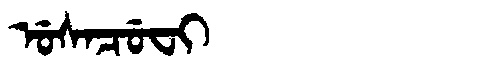
Manchu: ᡠᠰᠠᠴᡠᠸᡳ
Romanization: USACUFI